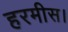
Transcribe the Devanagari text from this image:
हरमीस।